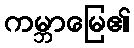
ကမ္ဘာမြေ၏